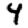
Digit: 4